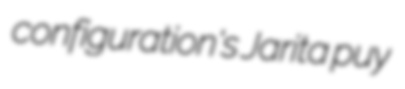
configuration's Jarita puy